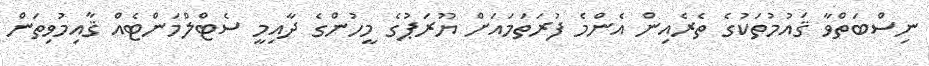
ނިސްބަތްވާ ޤައުމުތަކުގެ ތެރެއިން އެންމެ ފުރަތަމައަށް ޔޫރަޕުގެ މީހުންގެ ދާއިމީ ސެޓްލްމަންޓެއް ޤާއިމުވިތަން